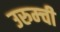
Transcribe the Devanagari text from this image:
उरुम्ची